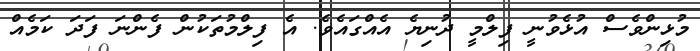
މުޅިންވެސް އުޅެވުނީ ފިލްމީ ދުނިޔެ އެއްގައެވެ. އެ ފިލްމުތަކުން ފެންނަ ފަދަ ކަމެއް